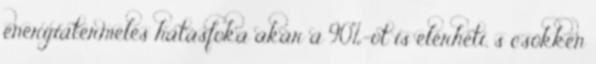
energiatermelés hatásfoka akár a 90%-ot is elérheti, s csökken